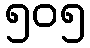
၅၀၅